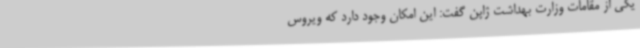
یکی از مقامات وزارت بهداشت ژاپن گفت: این امکان وجود دارد که ویروس